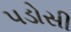
પડોસી